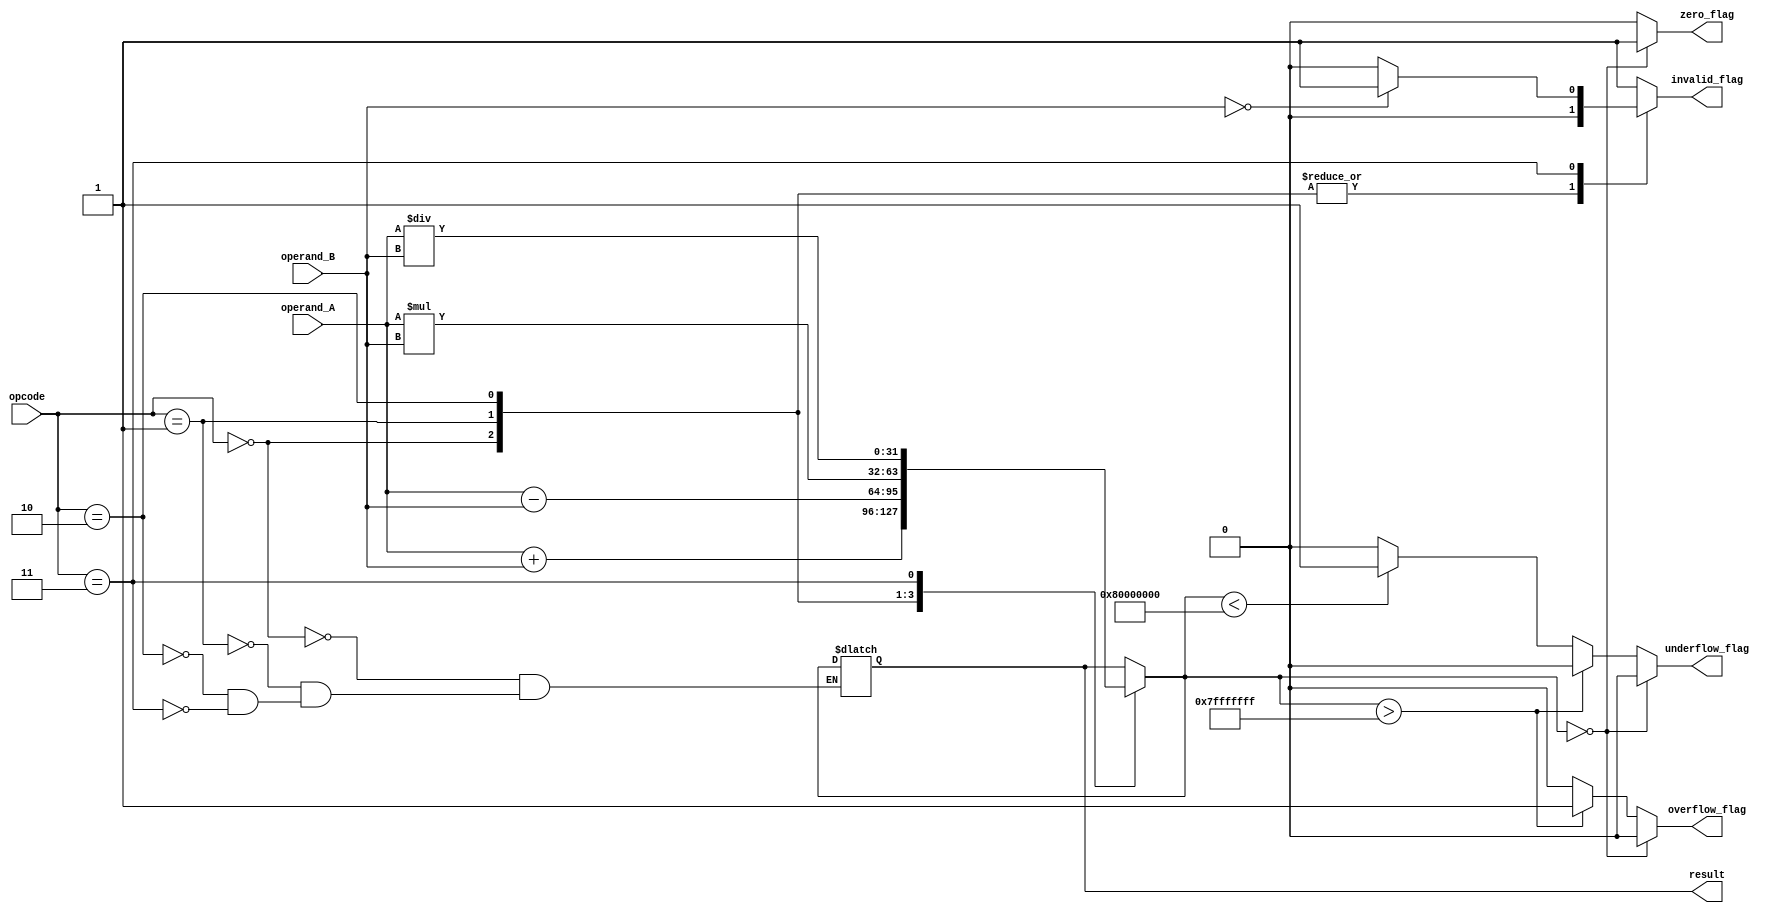
module floating_point_unit(
    input wire [31:0] operand_A,
    input wire [31:0] operand_B,
    input wire [3:0] opcode,
    output reg [31:0] result,
    output reg zero_flag,
    output reg overflow_flag,
    output reg underflow_flag,
    output reg invalid_flag
);

parameter ADD = 4'b0000;
parameter SUB = 4'b0001;
parameter MUL = 4'b0010;
parameter DIV = 4'b0011;

always @(*)
begin
    zero_flag = 0;
    overflow_flag = 0;
    underflow_flag = 0;
    invalid_flag = 0;
    
    case(opcode)
        ADD: result = operand_A + operand_B;
        SUB: result = operand_A - operand_B;
        MUL: result = operand_A * operand_B;
        DIV: 
        begin
            if(operand_B == 0)
            begin
                invalid_flag = 1;
                result = 32'hx;
            end
            else
                result = operand_A / operand_B;
        end
        default: invalid_flag = 1;
    endcase
    
    if(result == 32'h0)
        zero_flag = 1;
    else if(result > 32'h7FFFFFFF)
        overflow_flag = 1;
    else if(result < 32'h80000000)
        underflow_flag = 1;
end

endmodule